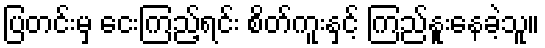
ပြတင်းမှ ငေးကြည့်ရင်း စိတ်ကူးနှင့် ကြည်နူးနေခဲ့သူ။